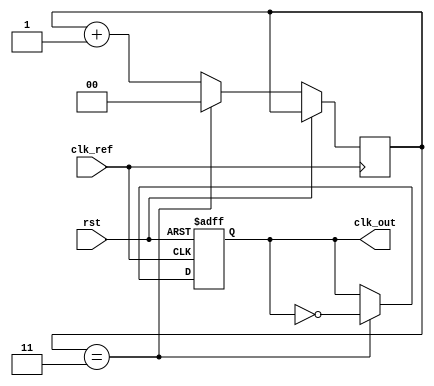
module low_jitter_pll (
    input wire clk_ref,          // Reference clock input
    input wire rst,             // Reset signal
    output reg clk_out          // Output clock signal
);

    // Parameters
    parameter DIV_RATIO = 4;    // Frequency divider ratio

    // PFD signals
    reg pfd_out_up;              // PFD output up signal
    reg pfd_out_dn;              // PFD output down signal

    // Charge Pump signals
    reg [7:0] charge_pump_output; // Charge pump output (control voltage)

    // Loop Filter signals
    reg [15:0] loop_filter_output; // Loop filter output (filtered voltage)
    
    // VCO signals
    reg vco_out;                 // VCO output clock
    reg [15:0] vco_frequency;    // VCO frequency setting

    // Frequency Divider signals
    reg [1:0] div_counter;       // Divider counter

    // PFD Implementation
    always @(posedge clk_ref or posedge rst) begin
        if (rst) begin
            pfd_out_up <= 0;
            pfd_out_dn <= 0;
        end else begin
            // Simple phase detection logic
            // This is a placeholder; real implementation would require more logic
            if (vco_out) begin
                pfd_out_up <= 1;
                pfd_out_dn <= 0;
            end else begin
                pfd_out_up <= 0;
                pfd_out_dn <= 1;
            end
        end
    end

    // Charge Pump Implementation
    always @(posedge clk_ref or posedge rst) begin
        if (rst) begin
            charge_pump_output <= 0;
        end else begin
            // Charge Pump Logic
            if (pfd_out_up) begin
                charge_pump_output <= charge_pump_output + 1; // Increase output
            end else if (pfd_out_dn) begin
                charge_pump_output <= charge_pump_output - 1; // Decrease output
            end
        end
    end

    // Loop Filter Implementation (simple integrator)
    always @(posedge clk_ref or posedge rst) begin
        if (rst) begin
            loop_filter_output <= 0;
        end else begin
            loop_filter_output <= loop_filter_output + charge_pump_output; // Integrate charge pump output
        end
    end

    // VCO Implementation
    always @(posedge clk_ref or posedge rst) begin
        if (rst) begin
            vco_frequency <= 16'h2000; // Initial frequency setting
            clk_out <= 0;
        end else begin
            // Adjust VCO frequency based on loop filter output
            vco_frequency <= loop_filter_output; // Simplified VCO response
            // Generate output clock based on VCO frequency
            if (div_counter == DIV_RATIO - 1) begin
                clk_out <= ~clk_out; // Toggle output clock
                div_counter <= 0;
            end else begin
                div_counter <= div_counter + 1;
            end
        end
    end

endmodule